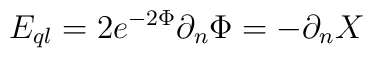
E_{ql}=2e^{-2\Phi }\partial _{n}\Phi =-\partial _{n}X\,